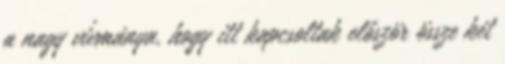
a nagy vívmánya, hogy itt kapcsoltak először össze két